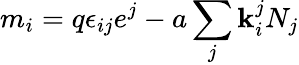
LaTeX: m_{i}=q\epsilon_{ij}e^{j}-a\sum_{j}\mathbf{k}_{i}^{j}N_{j}